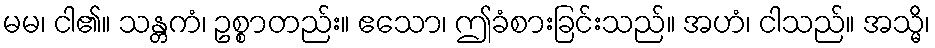
မမ၊ ငါ၏။ သန္တကံ၊ ဥစ္စာတည်း။ ဧသော၊ ဤခံစားခြင်းသည်။ အဟံ၊ ငါသည်။ အသ္မိ၊